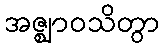
အဇ္ဈာဝသိတွာ